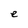
Character: e